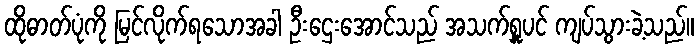
ထိုဓာတ်ပုံကို မြင်လိုက်ရသောအခါ ဦးဌေးအောင်သည် အသက်ရှူပင် ကျပ်သွားခဲ့သည်။